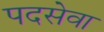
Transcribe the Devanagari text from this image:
पदसेवा